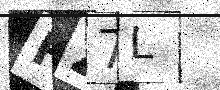
Text: HZ7L